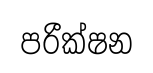
පරීක්ෂන